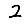
Digit: 2